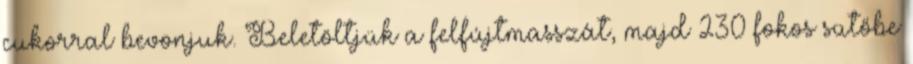
cukorral bevonjuk. Beletöltjük a felfújtmasszát, majd 230 fokos sütőbe